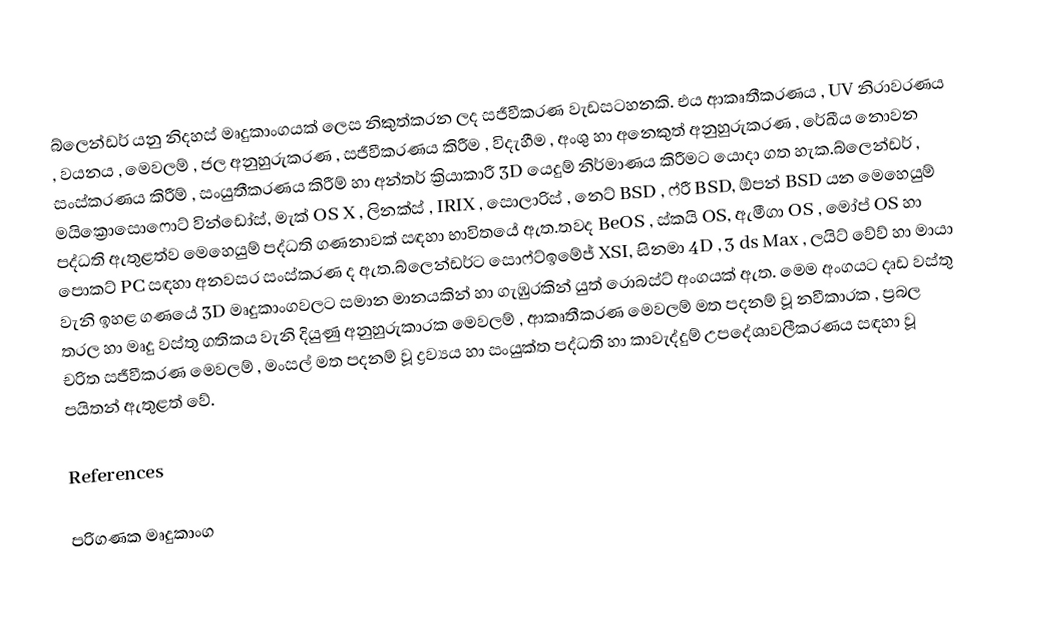
බ්ලෙන්ඩර් යනු නිදහස් මෘදුකාංගයක් ලෙස නිකුත්කරන ලද 	සජීවීකරණ වැඩසටහනකි. එය ආකෘතීකරණය , UV නිරාවරණය , වයනය , මෙවලම් , ජල අනුහුරුකරණ , සජීවීකරණය කිරීම , විදැහීම , අංශු හා අනෙකුත් අනුහුරුකරණ , රේඛීය නොවන සංස්කරණය කිරීම් , සංයුතීකරණය කිරීම් හා අන්තර් ක්‍රියාකාරී 3D යෙදුම් නිර්මාණය කිරීමට යොදා ගත හැක.බ්ලෙන්ඩර් , මයික්‍රොසොෆොට් වින්ඩෝස්, මැක් OS X , ලිනක්ස් , IRIX , සොලාරිස් , නෙට් BSD , ෆ්රී BSD, ඕපන් BSD යන මෙහෙයුම් පද්ධති ඇතුළත්ව මෙහෙයුම් පද්ධති ගණනාවක් සඳහා භාවිතයේ ඇත.තවද BeOS , ස්කයි OS, ඇමීගා OS , මෝප් OS හා පොකට් PC සඳහා අනවසර සංස්කරණ ද ඇත.බ්ලෙන්ඩර්ට සොෆ්ට්ඉමේජ් XSI, සිනමා 4D , 3 ds Max , ලයිට් වේව් හා මායා වැනි ඉහළ ගණයේ 3D මෘදුකාංගවලට සමාන මානයකින් හා ගැඹුරකින් යුත් රොබස්ට් අංගයක් ඇත. මෙම අංගයට දෘඩ වස්තු තරල හා මෘදු වස්තු ගතිකය වැනි දියුණු අනුහුරුකාරක මෙවලම් , ආකෘතීකරණ මෙවලම් මත පදනම් වූ නවීකාරක , ප්‍රබල චරිත සජීවීකරණ මෙවලම් , මංසල් මත පදනම් වූ ද්‍රව්‍යය හා සංයුක්ත පද්ධති හා කාවැද්දුම් උපදේශාවලීකරණය සඳහා වූ පයිතන් ඇතුළත් වේ.

References

පරිගණක මෘදුකාංග